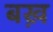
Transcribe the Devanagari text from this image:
बख़